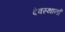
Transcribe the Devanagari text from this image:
देवस्‍थानों